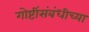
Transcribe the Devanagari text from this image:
गोष्टींसंबंधीच्या